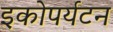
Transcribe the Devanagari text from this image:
इकोपर्यटन